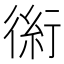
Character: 𰳪